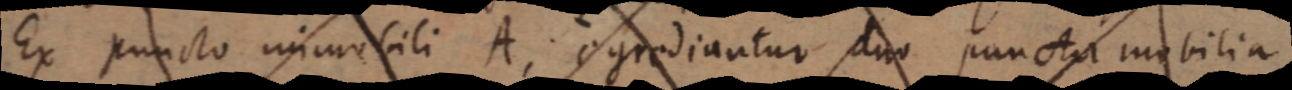
Ex puncto immobili A, egrediantur duo puncta mobilia